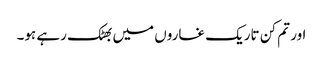
اور تم کن تاریک غاروں میں بھٹک رہے ہو۔